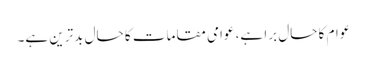
عوام کا حال برا ہے، عوامی مقامات کا حال بدترین ہے۔